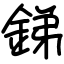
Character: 銻